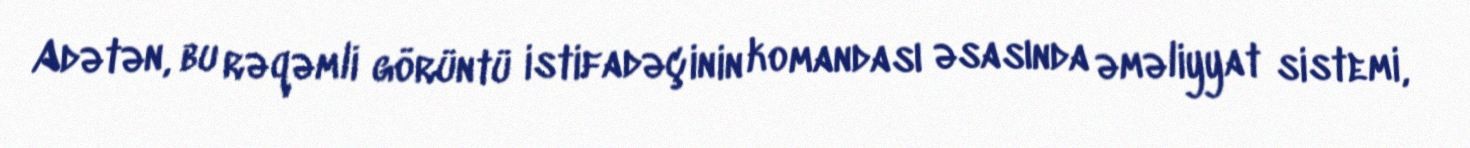
Adətən, bu rəqəmli görüntü istifadəçinin komandası əsasında əməliyyat sistemi,